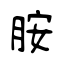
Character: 胺